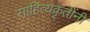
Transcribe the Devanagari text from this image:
साहित्यकृतींनी